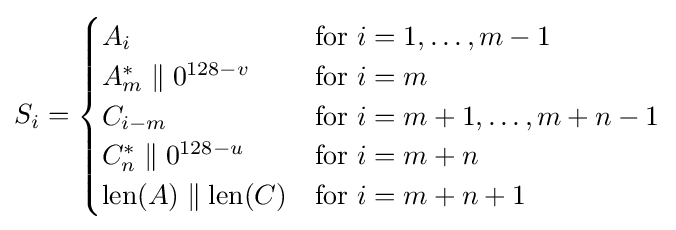
S_{i}={\begin{cases}A_{i}&{\text{for }}i=1,\ldots ,m-1\\A_{m}^{*}\parallel 0^{128-v}&{\text{for }}i=m\\C_{i-m}&{\text{for }}i=m+1,\ldots ,m+n-1\\C_{n}^{*}\parallel 0^{128-u}&{\text{for }}i=m+n\\\operatorname {len} (A)\parallel \operatorname {len} (C)&{\text{for }}i=m+n+1\end{cases}}